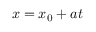
x = x _ { 0 } + a t